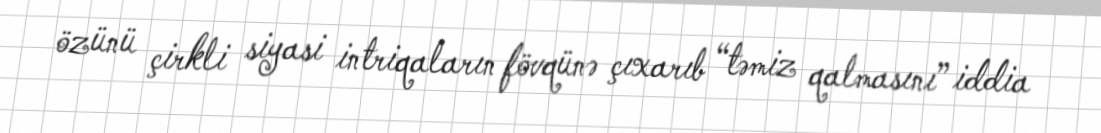
özünü çirkli siyasi intriqaların fövqünə çıxarıb “təmiz qalmasını” iddia